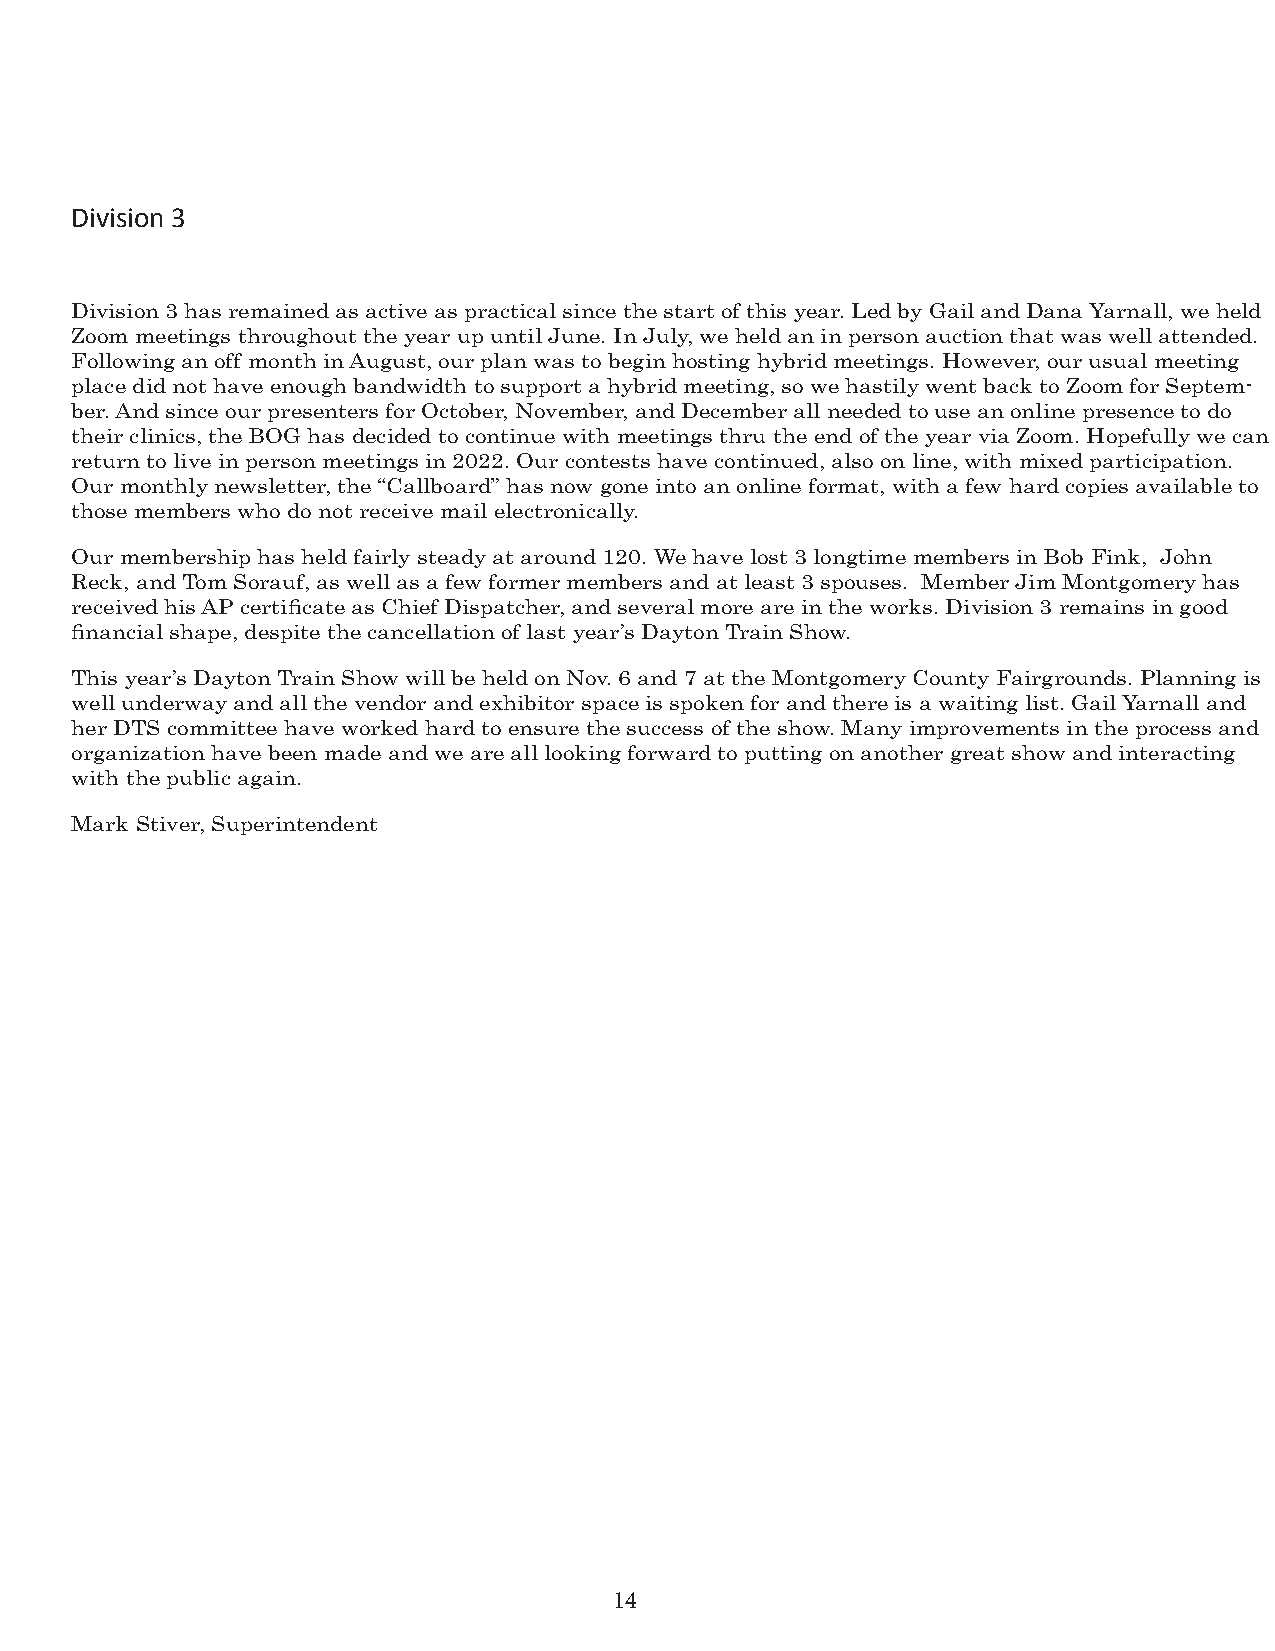
Division 3
 Division 3 has remained as active as practical since the start of this year. Led by Gail and Dana Yarnall, we held
 Zoom meetings throughout the year up until June. In July, we held an in person auction that was well attended.
 Following an off month in August, our plan was to begin hosting hybrid meetings. However, our usual meeting
 place did not have enough bandwidth to support a hybrid meeting, so we hastily went back to Zoom for Septem-
 ber. And since our presenters for October, November, and December all needed to use an online presence to do
 their clinics, the BOG has decided to continue with meetings thru the end of the year via Zoom. Hopefully we can
 return to live in person meetings in 2022. Our contests have continued, also on line, with mixed participation.
 Our monthly newsletter, the “Callboard” has now gone into an online format, with a few hard copies available to
 those members who do not receive mail electronically.
 Our membership has held fairly steady at around 120. We have lost 3 longtime members in Bob Fink, John
 Reck, and Tom Sorauf, as well as a few former members and at least 3 spouses. Member Jim Montgomery has
 received his AP certificate as Chief Dispatcher, and several more are in the works. Division 3 remains in good
 financial shape, despite the cancellation of last year’s Dayton Train Show.
 This year’s Dayton Train Show will be held on Nov. 6 and 7 at the Montgomery County Fairgrounds. Planning is
 well underway and all the vendor and exhibitor space is spoken for and there is a waiting list. Gail Yarnall and
 her DTS committee have worked hard to ensure the success of the show. Many improvements in the process and
 organization have been made and we are all looking forward to putting on another great show and interacting
 with the public again.
 Mark Stiver, Superintendent
 14